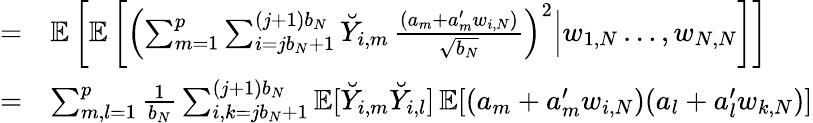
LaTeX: \begin{array}{rl}{=}&{\mathbb{E}\left[\mathbb{E}\left[\left(\sum_{m=1}^{p}\sum_{i=jb_{N}+1}^{(j+1)b_{N}}\breve{Y}_{i,m}\, \frac{(a_{m}+a_{m}^{\prime}w_{i,N})}{\sqrt{b_{N}}}\right)^{2}\Big|w_{1,N}\ldots,w_{N,N}\right]\right]}\\ {=}&{\sum_{m,l=1}^{p}\frac{1}{b_{N}}\sum_{i,k=jb_{N}+1}^{(j+1)b_{N}}\mathbb{E}[\breve{Y}_{i,m}\breve{Y}_{i,l}]\, \mathbb{E}[(a_{m}+a_{m}^{\prime}w_{i,N})(a_{l}+a_{l}^{\prime}w_{k,N})]}\end{array}